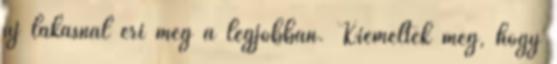
új lakásnál éri meg a legjobban. Kiemelték még, hogy